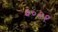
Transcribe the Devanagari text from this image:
३०२१